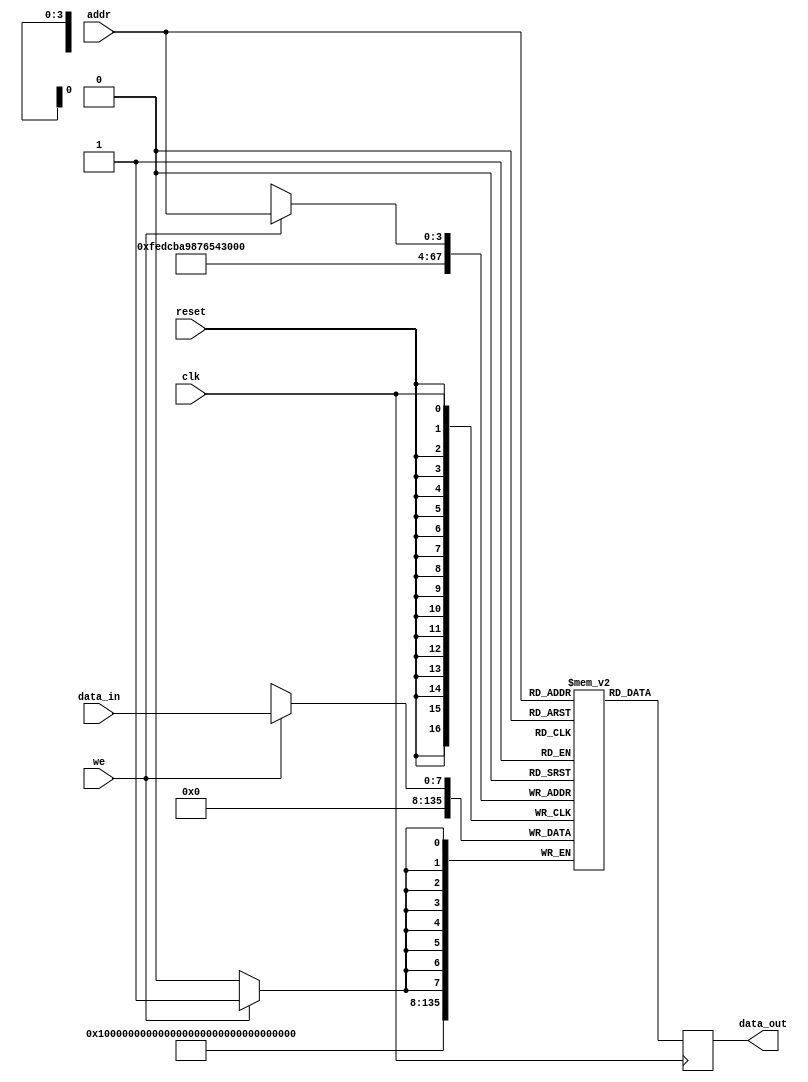
module parameterized_ram #(
    parameter DATA_WIDTH = 8,      // Width of each memory word in bits
    parameter ADDR_WIDTH = 4       // Number of address bits (for 2^ADDR_WIDTH locations)
) (
    input wire clk,                 // Clock signal
    input wire we,                  // Write enable signal
    input wire [ADDR_WIDTH-1:0] addr, // Address input
    input wire [DATA_WIDTH-1:0] data_in, // Input data to write
    input wire reset,               // Asynchronous reset signal
    output reg [DATA_WIDTH-1:0] data_out // Output data read
);

    // Memory declaration: 2D array of registers
    reg [DATA_WIDTH-1:0] memory [0:2**ADDR_WIDTH-1];

    // Asynchronous Reset
    integer i;
    always @(posedge reset) begin
        for (i = 0; i < 2**ADDR_WIDTH; i = i + 1) begin
            memory[i] <= {DATA_WIDTH{1'b0}}; // Clear memory to zero
        end
    end

    // On clock edge
    always @(posedge clk) begin
        // Read operation
        data_out <= memory[addr];

        // Write operation
        if (we) begin
            memory[addr] <= data_in;
        end
    end
    
endmodule